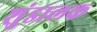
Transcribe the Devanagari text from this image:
शुंडालक